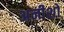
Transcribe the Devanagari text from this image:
अनीशो